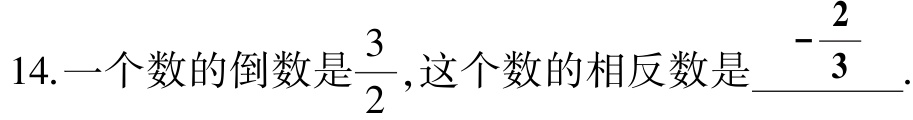
14.一个数的倒数是$\dfrac{3}{2}$,这个数的相反数是$\underline{-\dfrac{2}{3}}$.